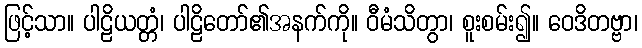
ဖြင့်သာ။ ပါဠိယတ္တံ၊ ပါဠိတော်၏အနက်ကို။ ဝီမံသိတွာ၊ စူးစမ်း၍။ ဝေဒိတဗ္ဗာ၊